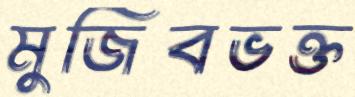
মুজিবভক্ত